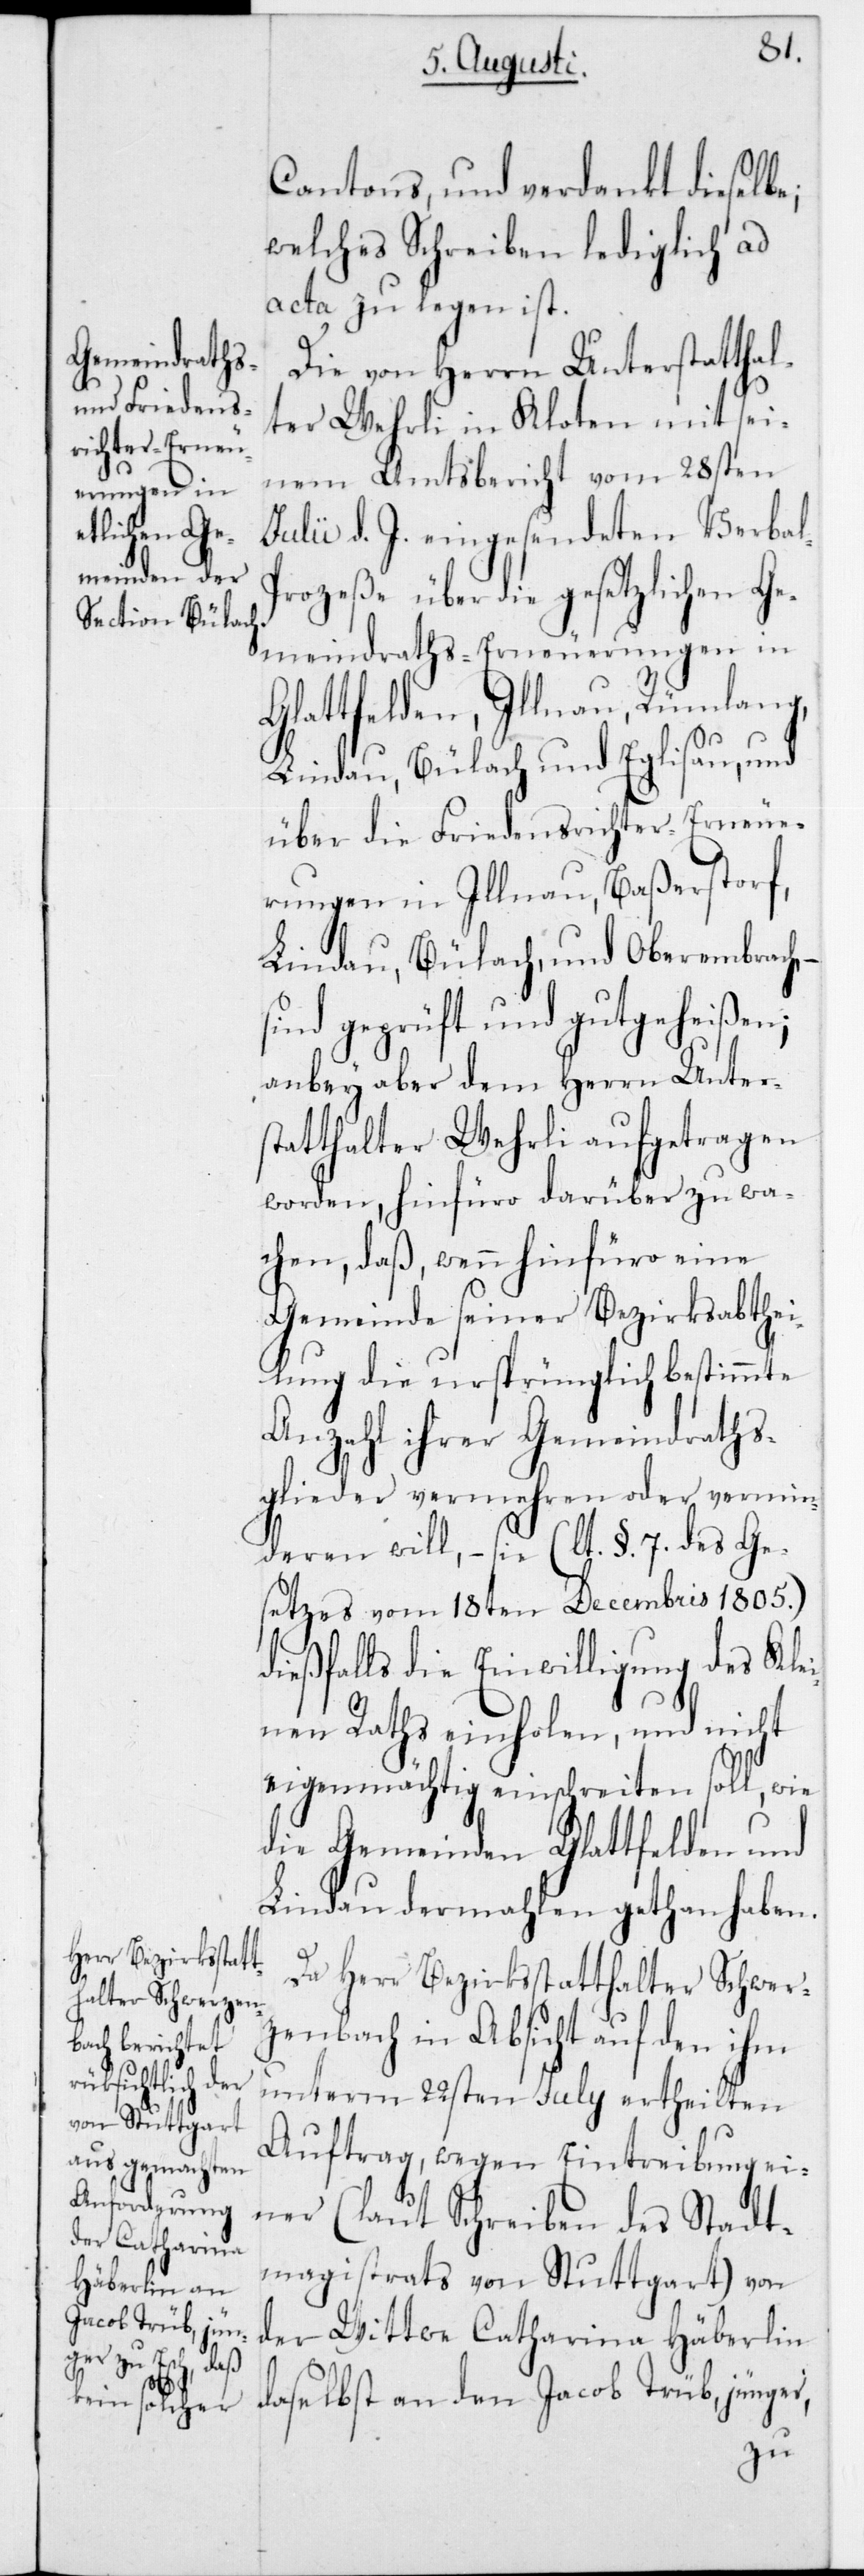
Cantons, und verdankt dieselbe;
welches Schreiben lediglich ad
acta zu legen ist.
Die von Herrn Unterstatthal¬
ter Wehrli in Kloten mit sei¬
nem Amtsbericht vom 28sten
Julii d. J. eingesendeten Verbal¬
prozeße über die gesetzlichen Ge¬
meindraths-Erneuerungen in
Glattfelden, Illnau, Rümlang,
Lindau, Bülach und Eglisau, und
über die Friedensrichter-Erneue¬
rungen in Illnau, Baßersdorf,
Lindau, Bülach und Oberembrach,
sind geprüft und gutgeheißen;
anbey aber dem Herrn Unter¬
statthalter Wehrli aufgetragen
worden, hinfüro darüber zu wa¬
chen, daß, wenn hinfüro eine
Gemeinde seiner Bezirksabthei¬
lung die ursprünglich bestimmte
Anzahl ihrer Gemeindraths¬
glieder vermehren oder vermin¬
deren will, sie (laut § 7 des Ge¬
setzes vom 18ten Decembris 1805)
dießfalls die Einwilligung des Klei¬
nen Raths einholen, und nicht
eigenmächtig einschreiten soll, wie
die Gemeinden Glattfelden und
Lindau dermahlen gethan haben.
Da Herr Bezirksstatthalter Schwer¬
zenbach in Absicht auf den ihm
unterm 22sten July ertheilten
Auftrag, wegen Eintreibung ei¬
ner (laut Schreiben des Stadt¬
magistrats von Stuttgart) von
der Wittwe Catharina Häberlin
daselbst an den Jacob Trüb, jünger,